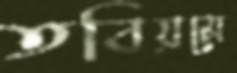
তবিয়মে